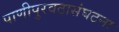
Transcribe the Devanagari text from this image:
पाणीपुरवठासंघटना